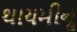
થાયમીનૢ